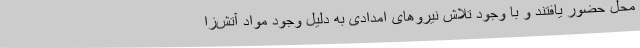
محل حضور یافتند و با وجود تلاش نیروهای امدادی به دلیل وجود مواد آتش‌زا